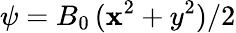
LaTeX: \psi=B_{0}\, (\mathbf{x}^{2}+y^{2})/2